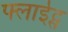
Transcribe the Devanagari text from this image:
फ्लाईट्स